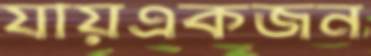
যায়একজন